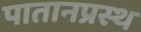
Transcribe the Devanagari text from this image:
पातानप्रस्थ